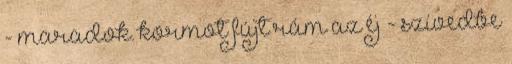
- maradok. kormot fújt rám az éj - szívedbe